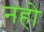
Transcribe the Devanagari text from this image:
नहो